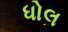
ધોલ